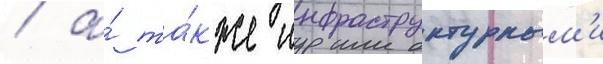
/ а́ та́кже инфраструктурным'и